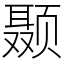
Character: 颞